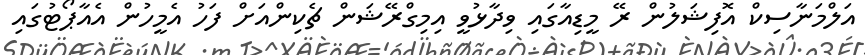
އަލްމަނާސިކް އޮފިޝަލުން ރޭ މީޑިއާގައި ވިދާޅުވީ އިމިގްރޭޝަން ޗެކިންއަށް ފަހު އެމީހުން އެއާޕޯޓުގައި